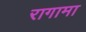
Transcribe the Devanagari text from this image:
रागामा